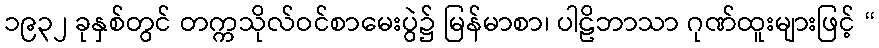
၁၉၃၂ ခုနှစ်တွင် တက္ကသိုလ်ဝင်စာမေးပွဲ၌ မြန်မာစာ၊ ပါဠိဘာသာ ဂုဏ်ထူးများဖြင့် “